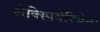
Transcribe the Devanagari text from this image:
शेक्स्पियेरियेना